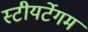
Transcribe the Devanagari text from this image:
स्टीयर्टेगम